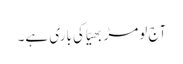
آج لومڑ بھیّا کی باری ہے۔